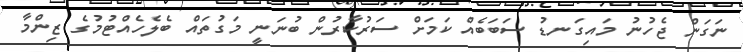
ނަގަން ޖެހުނު މައިގަނޑު ސަބަބެއް ކަމަށް ސަރުކާރުން ބުނަނީ މަގުތައް ބެލެހެއްޓުމުގެ ޒިންމާ